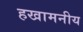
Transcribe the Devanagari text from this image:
हखामनीय